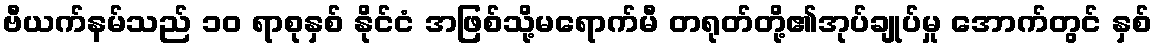
ဗီယက်နမ်သည် ၁၀ ရာစုနှစ် နိုင်ငံ အဖြစ်သို့မရောက်မီ တရုတ်တို့၏အုပ်ချုပ်မှု အောက်တွင် နှစ်